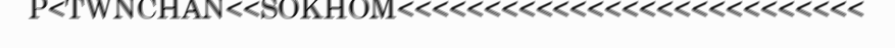
P<TWNCHAN<<SOKHOM<<<<<<<<<<<<<<<<<<<<<<<<<<<